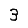
Digit: 3